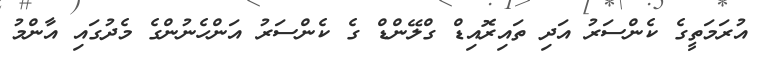
އުރަމަތީގެ ކެންސަރު އަދި ތައިރޮއިޑް ގްލޭންޑް ގެ ކެންސަރު އަންހެނުންގެ މެދުގައި އާންމު